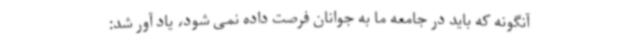
آنگونه که باید در جامعه ما به جوانان فرصت داده نمی شود، یاد آور شد: